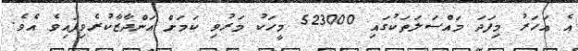
އެ އަހަރު މިފަދަ މައްސަލަތަކުގައި 523000 މީހަކު މަރުވި ކަމަށް އަންދާޒާކުރެވިފައިވެ އެވެ.